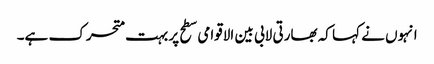
انہوں نے کہا کہ بھارتی لابی بین الاقوامی سطح پر بہت متحرک ہے۔